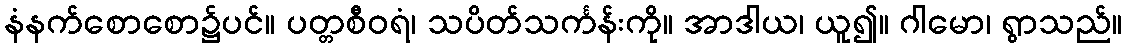
နံနက်စောစော၌ပင်။ ပတ္တစီဝရံ၊ သပိတ်သင်္ကန်းကို။ အာဒါယ၊ ယူ၍။ ဂါမော၊ ရွာသည်။